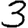
Digit: 3